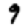
Digit: 9